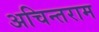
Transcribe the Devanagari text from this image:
अचिन्तराम